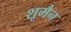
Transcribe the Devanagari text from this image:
शूमैन